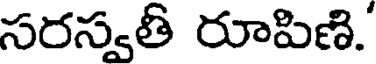
సరస్వతి రూపిణి.